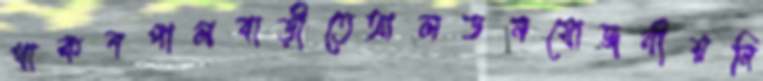
থাকবপালবাড়ীতেআলডনযোজনীয়নি